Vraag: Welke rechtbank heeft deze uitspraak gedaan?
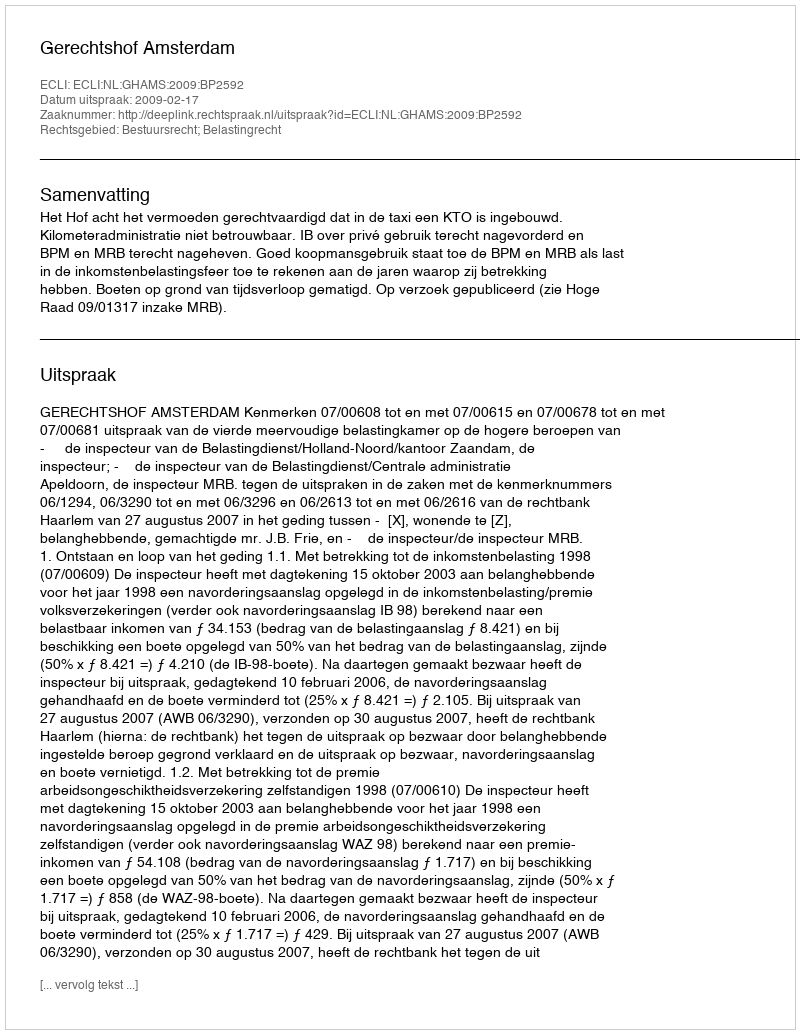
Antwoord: Gerechtshof Amsterdam